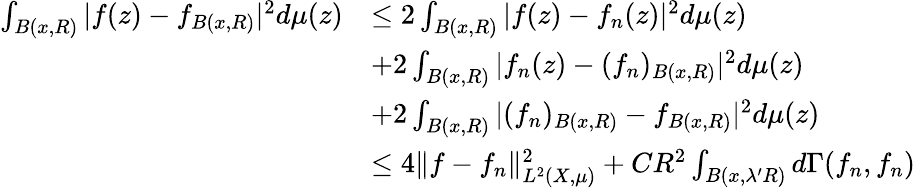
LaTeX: \begin{array}{rl}{\int_{B(x,R)}|f(z)-f_{B(x,R)}|^{2}d\mu(z)}&{\leq 2\int_{B(x,R)}|f(z)-f_{n}(z)|^{2}d\mu(z)}\\ &{+2\int_{B(x,R)}|f_{n}(z)-(f_{n})_{B(x,R)}|^{2}d\mu(z)}\\ &{+2\int_{B(x,R)}|(f_{n})_{B(x,R)}-f_{B(x,R)}|^{2}d\mu(z)}\\ &{\leq 4\| f-f_{n}\| _{L^{2}(X,\mu)}^{2}+CR^{2}\int_{B(x,\lambda^{\prime}R)}d\Gamma(f_{n},f_{n})}\end{array}